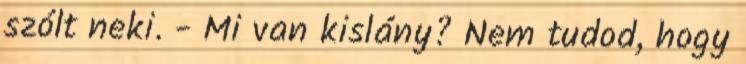
szólt neki. - Mi van kislány? Nem tudod, hogy